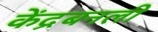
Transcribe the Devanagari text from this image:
केंद्रबनली